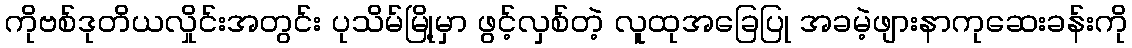
ကိုဗစ်ဒုတိယလှိုင်းအတွင်း ပုသိမ်မြို့မှာ ဖွင့်လှစ်တဲ့ လူထုအခြေပြု အခမဲ့ဖျားနာကုဆေးခန်းကို